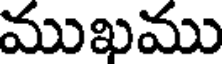
ముఖము